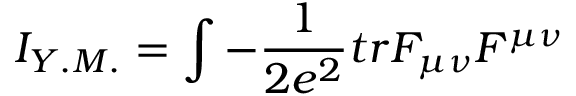
I _ { Y . M . } = \int - \frac { 1 } { 2 e ^ { 2 } } t r F _ { \mu \nu } F ^ { \mu \nu }